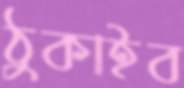
ঠুকাইব